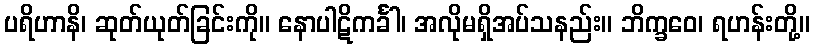
ပရိဟာနိ၊ ဆုတ်ယုတ်ခြင်းကို။ နောပါဋိကင်္ခါ၊ အလိုမရှိအပ်သနည်း။ ဘိက္ခဝေ၊ ရဟန်းတို့။